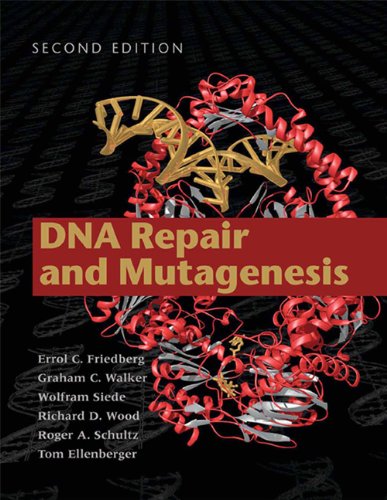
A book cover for DNA Repair and Mutagenesis; Errol C. Friedberg; Computers & Technology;